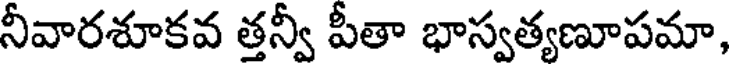
నీవారశూకవ త్తన్వీ పీతా భాస్వత్యణూపమా,